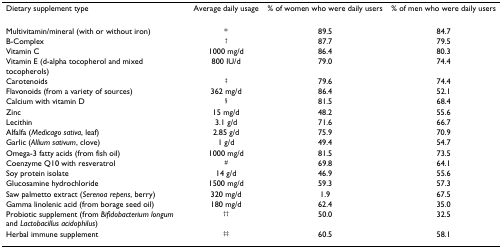
<table><thead><tr><td><b>Dietary supplement type</b></td><td><b>Average daily usage</b></td><td><b>% of women who were daily users</b></td><td><b>% of men who were daily users</b></td></tr></thead><tbody><tr><td>Multivitamin/mineral (with or without iron)</td><td>*</td><td>89.5</td><td>84.7</td></tr><tr><td>B-Complex</td><td><sup>†</sup></td><td>87.7</td><td>79.5</td></tr><tr><td>Vitamin C</td><td>1000 mg/d</td><td>86.4</td><td>80.3</td></tr><tr><td>Vitamin E (d-alpha tocopherol and mixed tocopherols)</td><td>800 IU/d</td><td>79.0</td><td>74.4</td></tr><tr><td>Carotenoids</td><td><sup>‡</sup></td><td>79.6</td><td>74.4</td></tr><tr><td>Flavonoids (from a variety of sources)</td><td>362 mg/d</td><td>86.4</td><td>52.1</td></tr><tr><td>Calcium with vitamin D</td><td><sup>§</sup></td><td>81.5</td><td>68.4</td></tr><tr><td>Zinc</td><td>15 mg/d</td><td>48.2</td><td>55.6</td></tr><tr><td>Lecithin</td><td>3.1 g/d</td><td>71.6</td><td>66.7</td></tr><tr><td>Alfalfa (<i>Medicago sativa</i>, leaf)</td><td>2.85 g/d</td><td>75.9</td><td>70.9</td></tr><tr><td>Garlic (<i>Allium sativum</i>, clove)</td><td>1 g/d</td><td>49.4</td><td>54.7</td></tr><tr><td>Omega-3 fatty acids (from fish oil)</td><td>1000 mg/d</td><td>81.5</td><td>73.5</td></tr><tr><td>Coenzyme Q10 with resveratrol</td><td><sup>#</sup></td><td>69.8</td><td>64.1</td></tr><tr><td>Soy protein isolate</td><td>14 g/d</td><td>46.9</td><td>55.6</td></tr><tr><td>Glucosamine hydrochloride</td><td>1500 mg/d</td><td>59.3</td><td>57.3</td></tr><tr><td>Saw palmetto extract (<i>Serenoa repens</i>, berry)</td><td>320 mg/d</td><td>1.9</td><td>67.5</td></tr><tr><td>Gamma linolenic acid (from borage seed oil)</td><td>180 mg/d</td><td>62.4</td><td>35.0</td></tr><tr><td>Probiotic supplement (from <i>Bifidobacterium longum </i>and <i>Lactobacillus acidophilus</i>)</td><td><sup>††</sup></td><td>50.0</td><td>32.5</td></tr><tr><td>Herbal immune supplement</td><td><sup>‡‡</sup></td><td>60.5</td><td>58.1</td></tr></tbody></table>